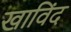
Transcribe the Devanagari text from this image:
खाविंद